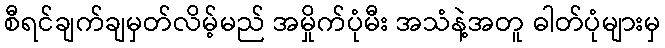
စီရင်ချက်ချမှတ်လိမ့်မည် အမှိုက်ပုံမီး အသံနဲ့အတူ ဓါတ်ပုံများမှ